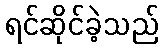
ရင်ဆိုင်ခဲ့သည်